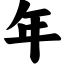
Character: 年